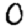
Digit: 0